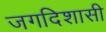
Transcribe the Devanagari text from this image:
जगदिशासी